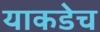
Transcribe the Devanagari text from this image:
याकडेच